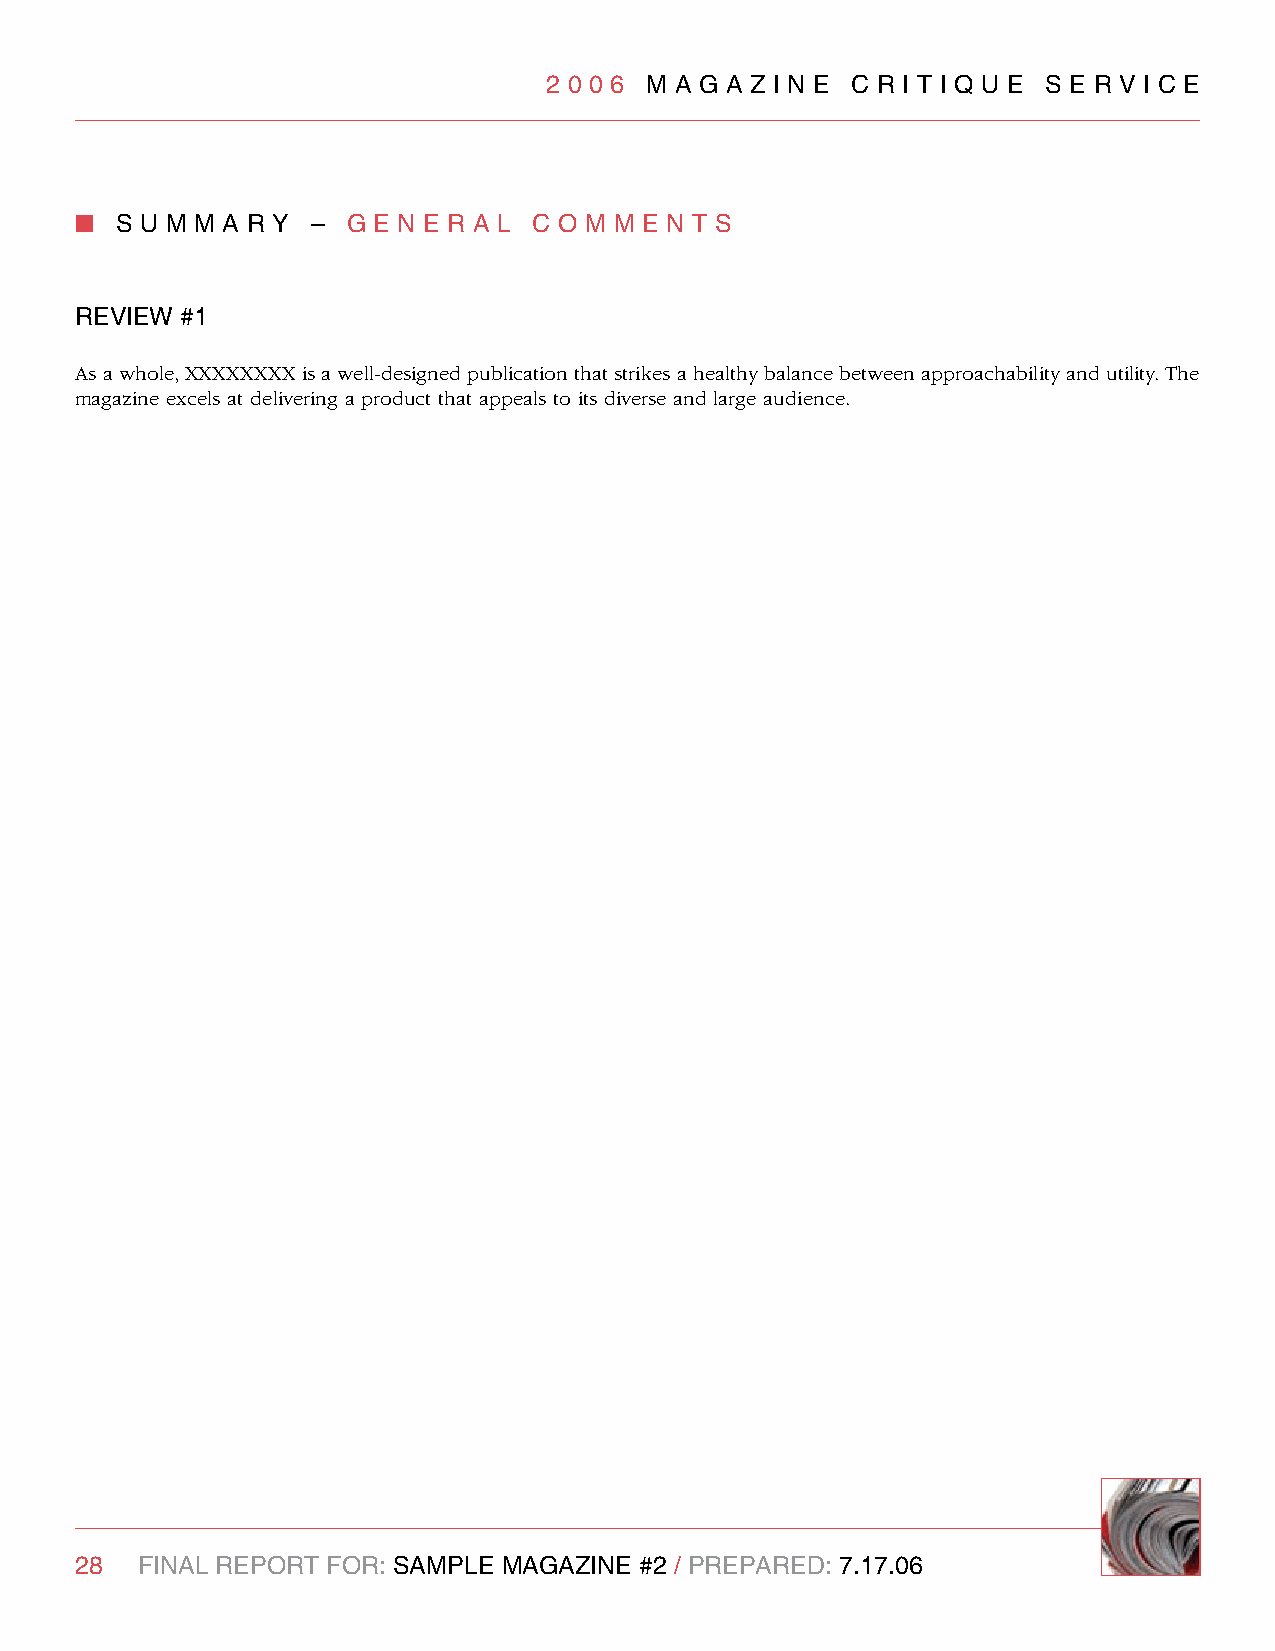
2 0 0 6 M A g A z I n e C R I T I q U e S e R v I C e
 n  S U M M A R y – g e n e R A l C O M M e n T S
 RevIew #1
 As a whole, XXXXXXXX is a well-designed publication that strikes a healthy balance between approachability and utility. The
 magazine excels at delivering a product that appeals to its diverse and large audience.
 28  FInAl RePORT FOR: SAMPle MAgAzIne #2 / PRePARed: 7.17.06